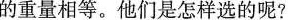
的重量相等。他们是怎样选的呢?